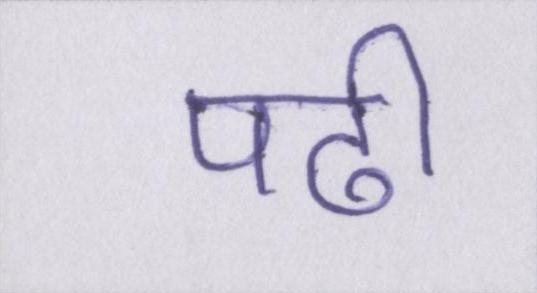
पढी